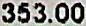
353.00